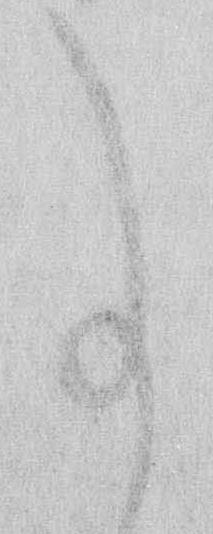
事